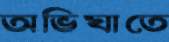
অভিঘাতে